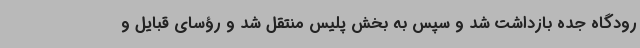
رودگاه جده بازداشت شد و سپس به بخش پلیس منتقل شد و رؤسای قبایل و